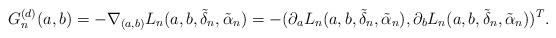
LaTeX: \begin{align*} G_n^{(d)}(a,b) = - \nabla_{(a,b)} L_n (a,b,\tilde{\delta}_n, \tilde{\alpha}_n) = - (\partial_a L_n (a,b,\tilde{\delta}_n, \tilde{\alpha}_n),\partial_b L_n (a,b,\tilde{\delta}_n, \tilde{\alpha}_n))^T.\end{align*}